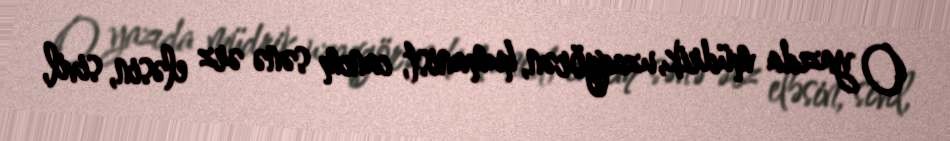
O yazıda müdrik, uzaqgörən, humanist, canım sənə ərz eləsin, sivil,